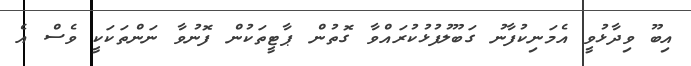
އިބޫ ވިދާޅުވީ އެމަނިކުފާނު ގަބޫލުފުޅުކުރައްވާ ގޮތުން ޕާޓީތަކުން ފޮނުވާ ނަންތަކަކީ ވެސް އެ